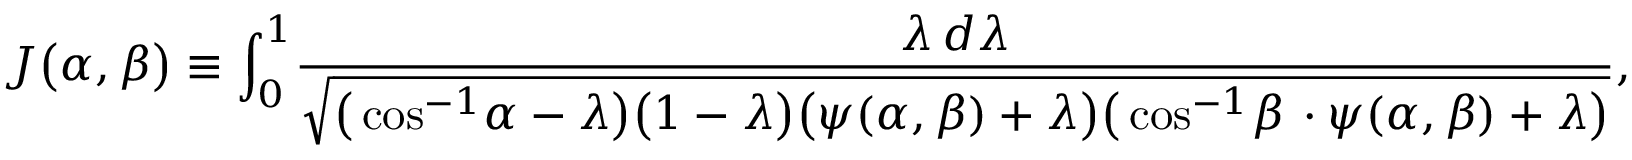
\begin{array} { l } { \displaystyle { J \big ( \alpha , \beta \big ) \equiv \int _ { 0 } ^ { 1 } \! \frac { \lambda \, d \lambda } { \sqrt { \big ( \cos ^ { - 1 } \! \alpha - \lambda \big ) \big ( 1 - \lambda \big ) \big ( \psi ( \alpha , \beta ) + \lambda \big ) \big ( \cos ^ { - 1 } \! \beta \, \cdot \psi ( \alpha , \beta ) + \lambda \big ) } } , } } \end{array}